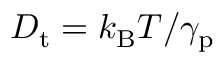
D _ { \mathrm { t } } = k _ { \mathrm { B } } T / \gamma _ { \mathrm { p } }